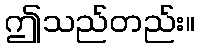
ဤသည်တည်း။